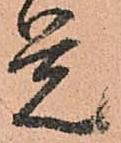
覚